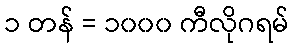
၁ တန် = ၁၀၀၀ ကီလိုဂရမ်